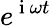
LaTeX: e^{\mathrm{~i~}\omega t}